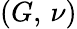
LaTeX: (G,\, \nu)